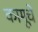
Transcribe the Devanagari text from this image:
कामूचे